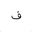
Letter: _fa